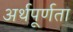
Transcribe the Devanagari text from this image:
अर्थपूर्णता